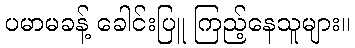
ပမာမခန့် ခေါင်းပြူ ကြည့်နေသူများ။